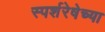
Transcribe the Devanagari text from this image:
स्पर्शरेषेच्या